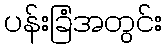
ပန်းခြံအတွင်း